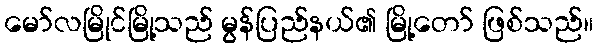
မော်လမြိုင်မြို့သည် မွန်ပြည်နယ်၏ မြို့တော် ဖြစ်သည်။